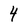
Character: 4